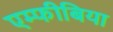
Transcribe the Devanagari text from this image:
एम्फीबिया